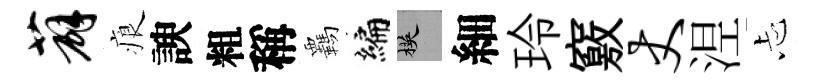
薜痕諛粗稱覊编楧細玲竅丈𣵀忐